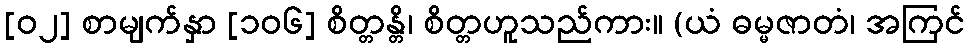
[၀၂] စာမျက်နှာ [၁၀၆] စိတ္တန္တိ၊ စိတ္တဟူသည်ကား။ (ယံ ဓမ္မဇာတံ၊ အကြင်